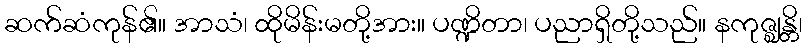
ဆက်ဆံကုန်၏။ အာသံ၊ ထိုမိန်းမတို့အား။ ပဏ္ဍိတာ၊ ပညာရှိတို့သည်။ နကုဇ္ဈန္တိ၊